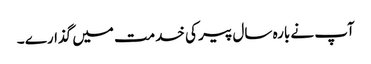
آپ نے بارہ سال پیر کی خدمت میں گذارے ۔